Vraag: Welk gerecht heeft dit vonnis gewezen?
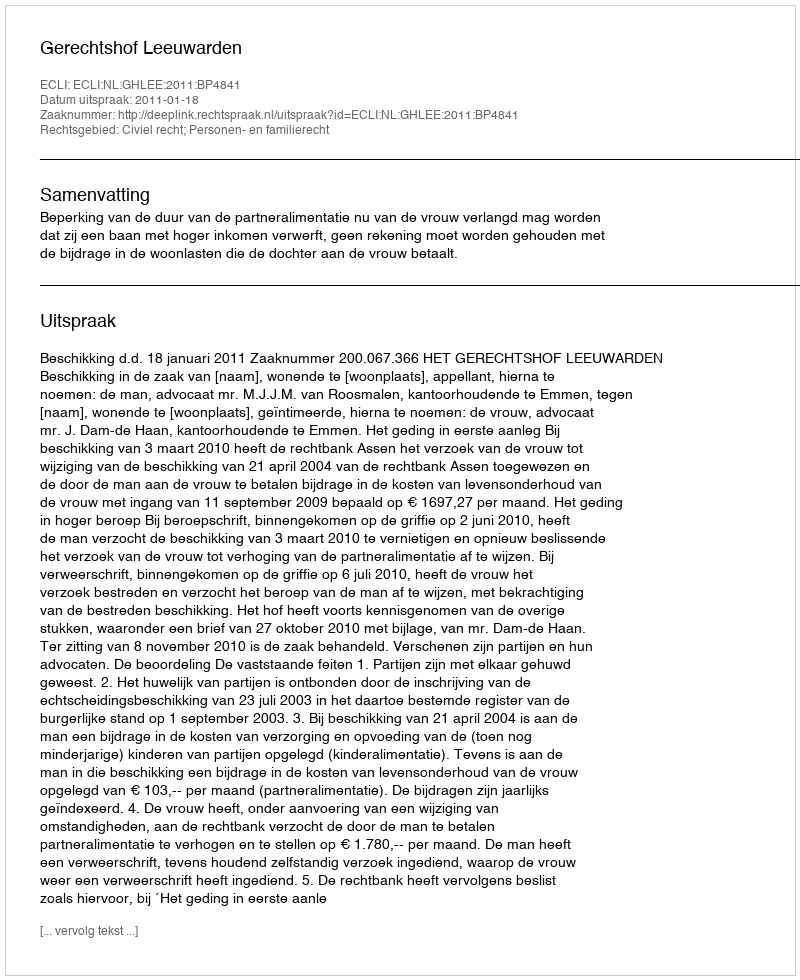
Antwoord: Gerechtshof Leeuwarden